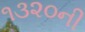
૧૩૨૦ની